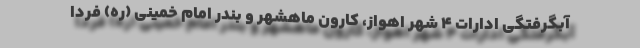
آبگرفتگی ادارات ۴ شهر اهواز، کارون ماهشهر و بندر امام خمینی (ره) فردا